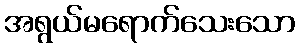
အရွယ်မရောက်သေးသော